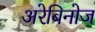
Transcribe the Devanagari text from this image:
अरेबिनोज